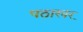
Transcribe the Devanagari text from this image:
पठारवर